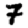
Digit: 7